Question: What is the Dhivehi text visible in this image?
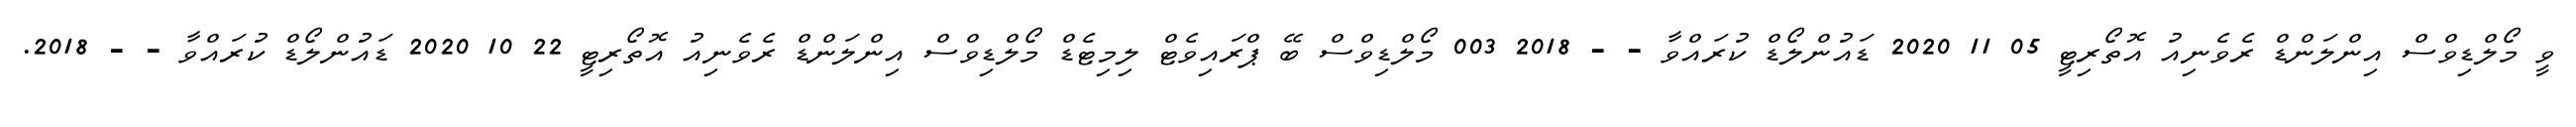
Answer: ވީ މޯލްޑިވްސް އިންލަންޑް ރެވެނިއު އޮތޯރިޓީ 05 11 2020 ޑައުންލޯޑް ކުރައްވާ - - 2018 003 މޯލްޑިވްސް ބޭ ޕްރައިވެޓް ލިމިޓެޑް މޯލްޑިވްސް އިންލަންޑް ރެވެނިއު އޮތޯރިޓީ 22 10 2020 ޑައުންލޯޑް ކުރައްވާ - - 2018.